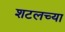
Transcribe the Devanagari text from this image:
शटलच्या